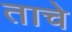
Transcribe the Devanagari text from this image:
ताचे